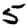
Digit: 5